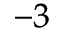
^ { - 3 }